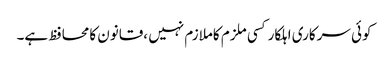
کوئی سرکاری اہلکارکسی ملزم کاملازم نہیں ،قانون کامحافظ ہے۔